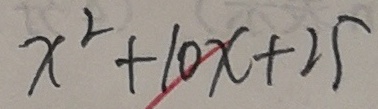
x ^ { 2 } + 1 0 x + 2 5